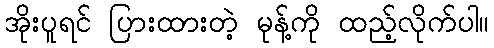
အိုးပူရင် ပြားထားတဲ့ မုန့်ကို ထည့်လိုက်ပါ။